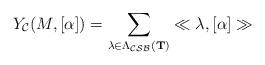
LaTeX: \begin{align*}Y_{\cal C}(M, [\alpha]) = \sum_{\lambda \in \Lambda_{\cal CSB}({\bf T})} \ll \lambda, [\alpha] \gg\end{align*}